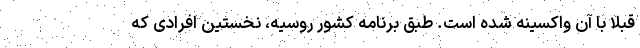
قبلا با آن واکسینه شده است. طبق برنامه کشور روسیه، نخستین افرادی که